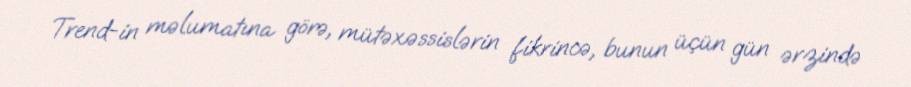
Trend-in məlumatına görə, mütəxəssislərin fikrincə, bunun üçün gün ərzində